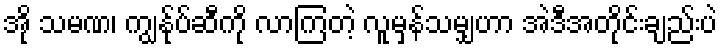
အို သမဏ၊ ကျွန်ုပ်ဆီကို လာကြတဲ့ လူမှန်သမျှဟာ အဲဒီအတိုင်းချည်းပဲ